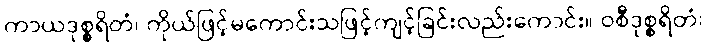
ကာယဒုစ္စရိတံ၊ ကိုယ်ဖြင့်မကောင်းသဖြင့်ကျင့်ခြင်းလည်းကောင်း။ ဝစီဒုစ္စရိတံ၊